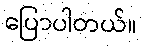
ပြောပါတယ်။